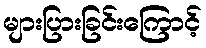
များပြားခြင်းကြောင့်